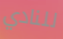
للنادي